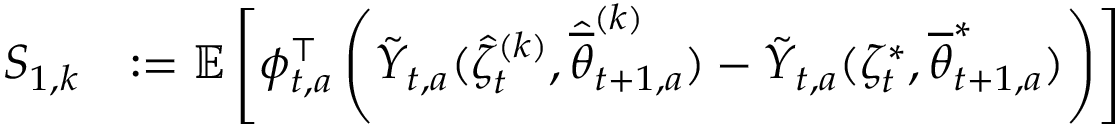
\begin{array} { r l } { S _ { 1 , k } } & { : = \mathbb E \left[ \phi _ { t , a } ^ { \top } \left( \tilde { Y } _ { t , a } ( \hat { \zeta } _ { t } ^ { ( k ) } , \hat { \overline { { \theta } } } _ { t + 1 , a } ^ { ( k ) } ) - \tilde { Y } _ { t , a } ( \zeta _ { t } ^ { * } , { \overline { { \theta } } } _ { t + 1 , a } ^ { * } ) \right) \right] } \end{array}